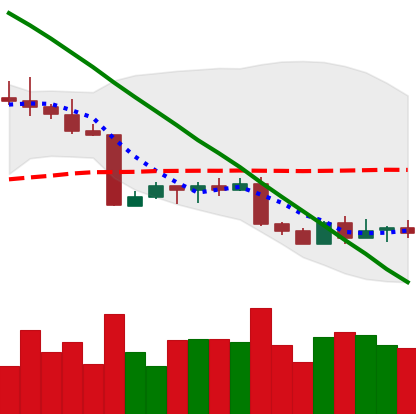
Ticker: BTC-USD
Chart end date: 2022-09-02
Forward return: -3.402%
Label: down_3_5